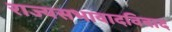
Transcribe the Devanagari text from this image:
राज्यसभावादविवाद